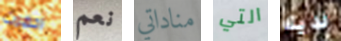
احضرت نعم مناداتي التي لديك